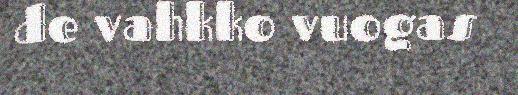
de vahkko vuogas